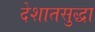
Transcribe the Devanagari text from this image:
देशातसुद्धा